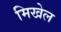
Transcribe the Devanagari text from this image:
मिखेल